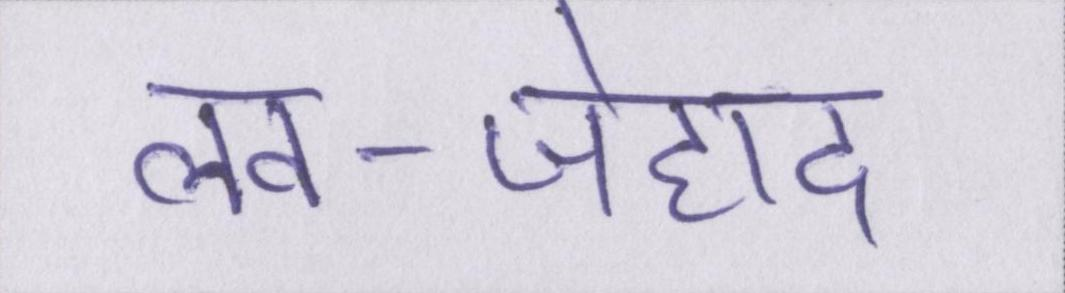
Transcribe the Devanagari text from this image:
लव-जेहाद